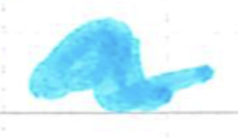
Text: a
Cross-out: wave
Writing tool: marker